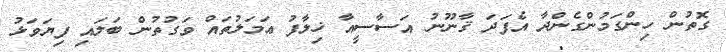
ގޮތުން ހިންގަމުންގެންދާ އެފަދަ ޤާނޫނު އަސާސީއާ ޚިލާފު ޢަމަލުތައް ވަގުތުން ބަލައި ފިޔަވަޅު